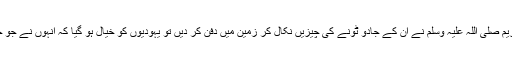
پھر آپؓ کہتے ہیں کہ بہرحال جب نبی کریم صلی اللہ علیہ وسلم نے ان کے جادو ٹونے کی چیزیں نکال کر زمین میں دفن کر دیں تو یہودیوں کو خیال ہو گیا کہ انہوں نے جو جادو کیا تھا وہ باطل ہو گیا ہےختم ہو گیا۔